Report of the Municipal Commissioner on the plague in Bombay for the year ending 31st May... - Volume 3
Disease focus: Plague
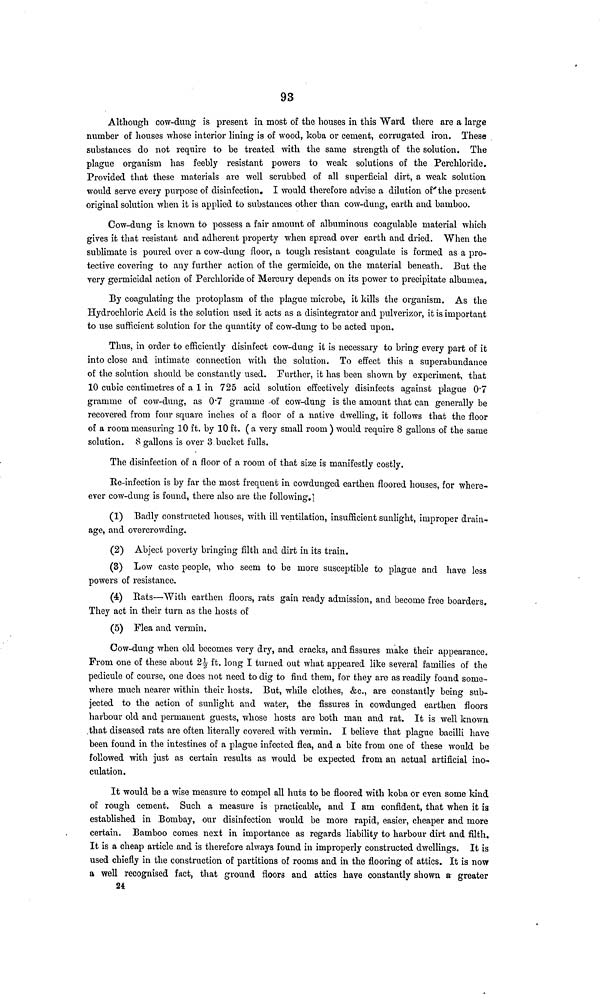
93
Although cow-dung is present in most of the houses in this "Ward there are a large
number of houses whose interior lining is of wood, koba or cement, corrugated iron. These
substances do not require to be treated with the same strength of the solution. The
plague organism has feebly resistant powers to weak solutions of the Perchloride.
Provided that these materials are well scrubbed of all superficial dirt, a weak solution
would serve every purpose of disinfection. I would therefore advise a dilution of "the present
original solution when it is applied to substances other than cow-dung, earth and bamboo.
Cow-dung is known to possess a fair amount of albuminous coagulable material which
gives it that resistant and adherent property when spread over earth and dried. When the
sublimate is poured over a cow-dung floor, a tough resistant coagulate is formed as a pro-
tective covering to any further action of the germicide, on the material beneath. But the
very germicidal action of Perchloride of Mercury depends on its power to precipitate albumea.
By coagulating the protoplasm of the plague microbe, it kills the organism. As the
Hydrochloric Acid is the solution used it acts as a disintegrator and pulverizor, it is important
to use sufficient solution for the quantity of cow-dung to be acted upon.
Thus, in order to efficiently disinfect cow-dung it is necessary to bring every part of it
into close and intimate connection with the solution. To effect this a superabundance
of the solution should be constantly used. Further, it has been shown by experiment, that
10 cubic centimetres of a 1 in 725 acid solution effectively disinfects against plague 0'7
gramme of cow-dung, as O7 gramme -of cow-dung is the amount that can generally be
recovered from four square inches of a floor of a native dwelling, it follows that the floor
of a room measuring 10 ft. by 10 ft. ( a very small room ) would require 8 gallons of the same
solution. 8 gallons is over 3 bucket fulls.
The disinfection of a floor of a room of that size is manifestly costly.
Ke-infection is by far the most frequent in cowdunged earthen floored houses, for where-
ever cow-dung is found, there also are the following. ]
(1) Badly constructed houses, with ill ventilation, insufficient sunlight, improper drain-
age, and overcrowding.
(2) Abject poverty bringing filth and dirt in its train.
(3) Low caste people, who seem to be more susceptible to plague and have less
powers of resistance.
(4) Eats—With earthen floors, rats gain ready admission, and become free boarders.
They act in their turn as the hosts of
(5) Flea and vermin.
Cow-dung when old becomes very dry, and cracks, and fissures make their appearance.
From one of these about 2^- ft. long I turned out what appeared like several families of the
pédicule of course, one does not need to dig to find them, for they are as readily found some-
where much nearer within their hosts. But, while clothes, &c., are constantly being sub-
jected to the action of sunlight and water, the fissures in cowdunged earthen floors
harbour old and permanent guests, whose hosts are both man and rat. It is well known
.that diseased rats are often literally covered with vermin. I believe that plague bacilli have
been found in the intestines of a plague infected flea, and a bite from one of these would be
followed with just as certain results as would be expected from an actual artificial ino-
culation.
It -would be a wise measure to compel all huts to be floored with koba or even some kind
of rough cement. Such a measure is practicable, and I am confident, that when it is
established in Bombay, our disinfection would be more rapid, easier, cheaper and more
certain. Bamboo comes next in importance as regards liability to harbour dirt and filth.
It is a cheap article and is therefore always found in improperly constructed dwellings. It is
used chiefly in the construction of partitions of rooms and in the flooring of attics. It is now
a well recognised fact, that ground floors and attics have constantly shown a greater
24